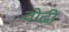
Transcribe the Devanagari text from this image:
वोढी